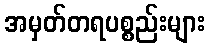
အမှတ်တရပစ္စည်းများ